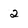
Character: 2